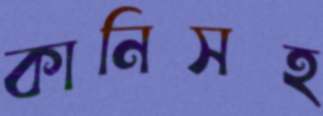
কানিসহ